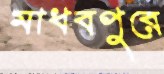
মাধবপুরে